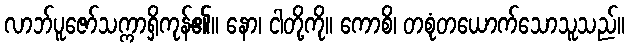
လာဘ်ပူဇော်သက္ကာရှိကုန်၏။ နော၊ ငါတို့ကို။ ကောစိ၊ တစုံတယောက်သောသူသည်။